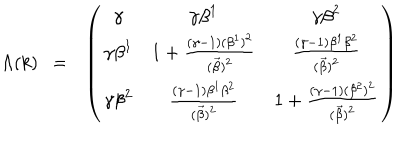
LaTeX: \Lambda ( k ) ~ ~ = ~ ~ \left( \begin{array} { c c c } { { { \gamma } } } & { { { \gamma } { \beta } ^ { 1 } } } & { { { \gamma } { \beta } ^ { 2 } } } \\ { { { \gamma } { \beta } ^ { 1 } } } & { { 1 + \frac { ( { \gamma } - 1 ) ( { \beta } ^ { 1 } ) ^ { 2 } } { ( \vec { \beta } ) ^ { 2 } } } } & { { \frac { ( { \gamma } - 1 ) { \beta } ^ { 1 } { \beta } ^ { 2 } } { ( \vec { \beta } ) ^ { 2 } } } } \\ { { { \gamma } { \beta } ^ { 2 } } } & { { \frac { ( { \gamma } - 1 ) { \beta } ^ { 1 } { \beta } ^ { 2 } } { ( \vec { \beta } ) ^ { 2 } } } } & { { 1 + \frac { ( { \gamma } - 1 ) ( { \beta } ^ { 2 } ) ^ { 2 } } { ( \vec { \beta } ) ^ { 2 } } } } \\ \end{array} \right)